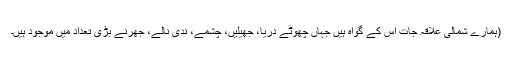
(ہمارے شمالی علاقہ جات اس کے گواہ ہیں جہاں چھوٹے دریا، جھیلیں، چشمے، ندی نالے، جھرنے بڑی تعداد میں موجود ہیں۔